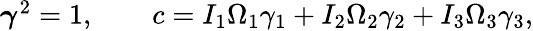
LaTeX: \begin{array}{r}{{\boldsymbol\gamma}^{2}=1,\qquad c=I_{1}\Omega_{1}\gamma_{1}+I_{2}\Omega_{2}\gamma_{2}+I_{3}\Omega_{3}\gamma_{3},}\end{array}